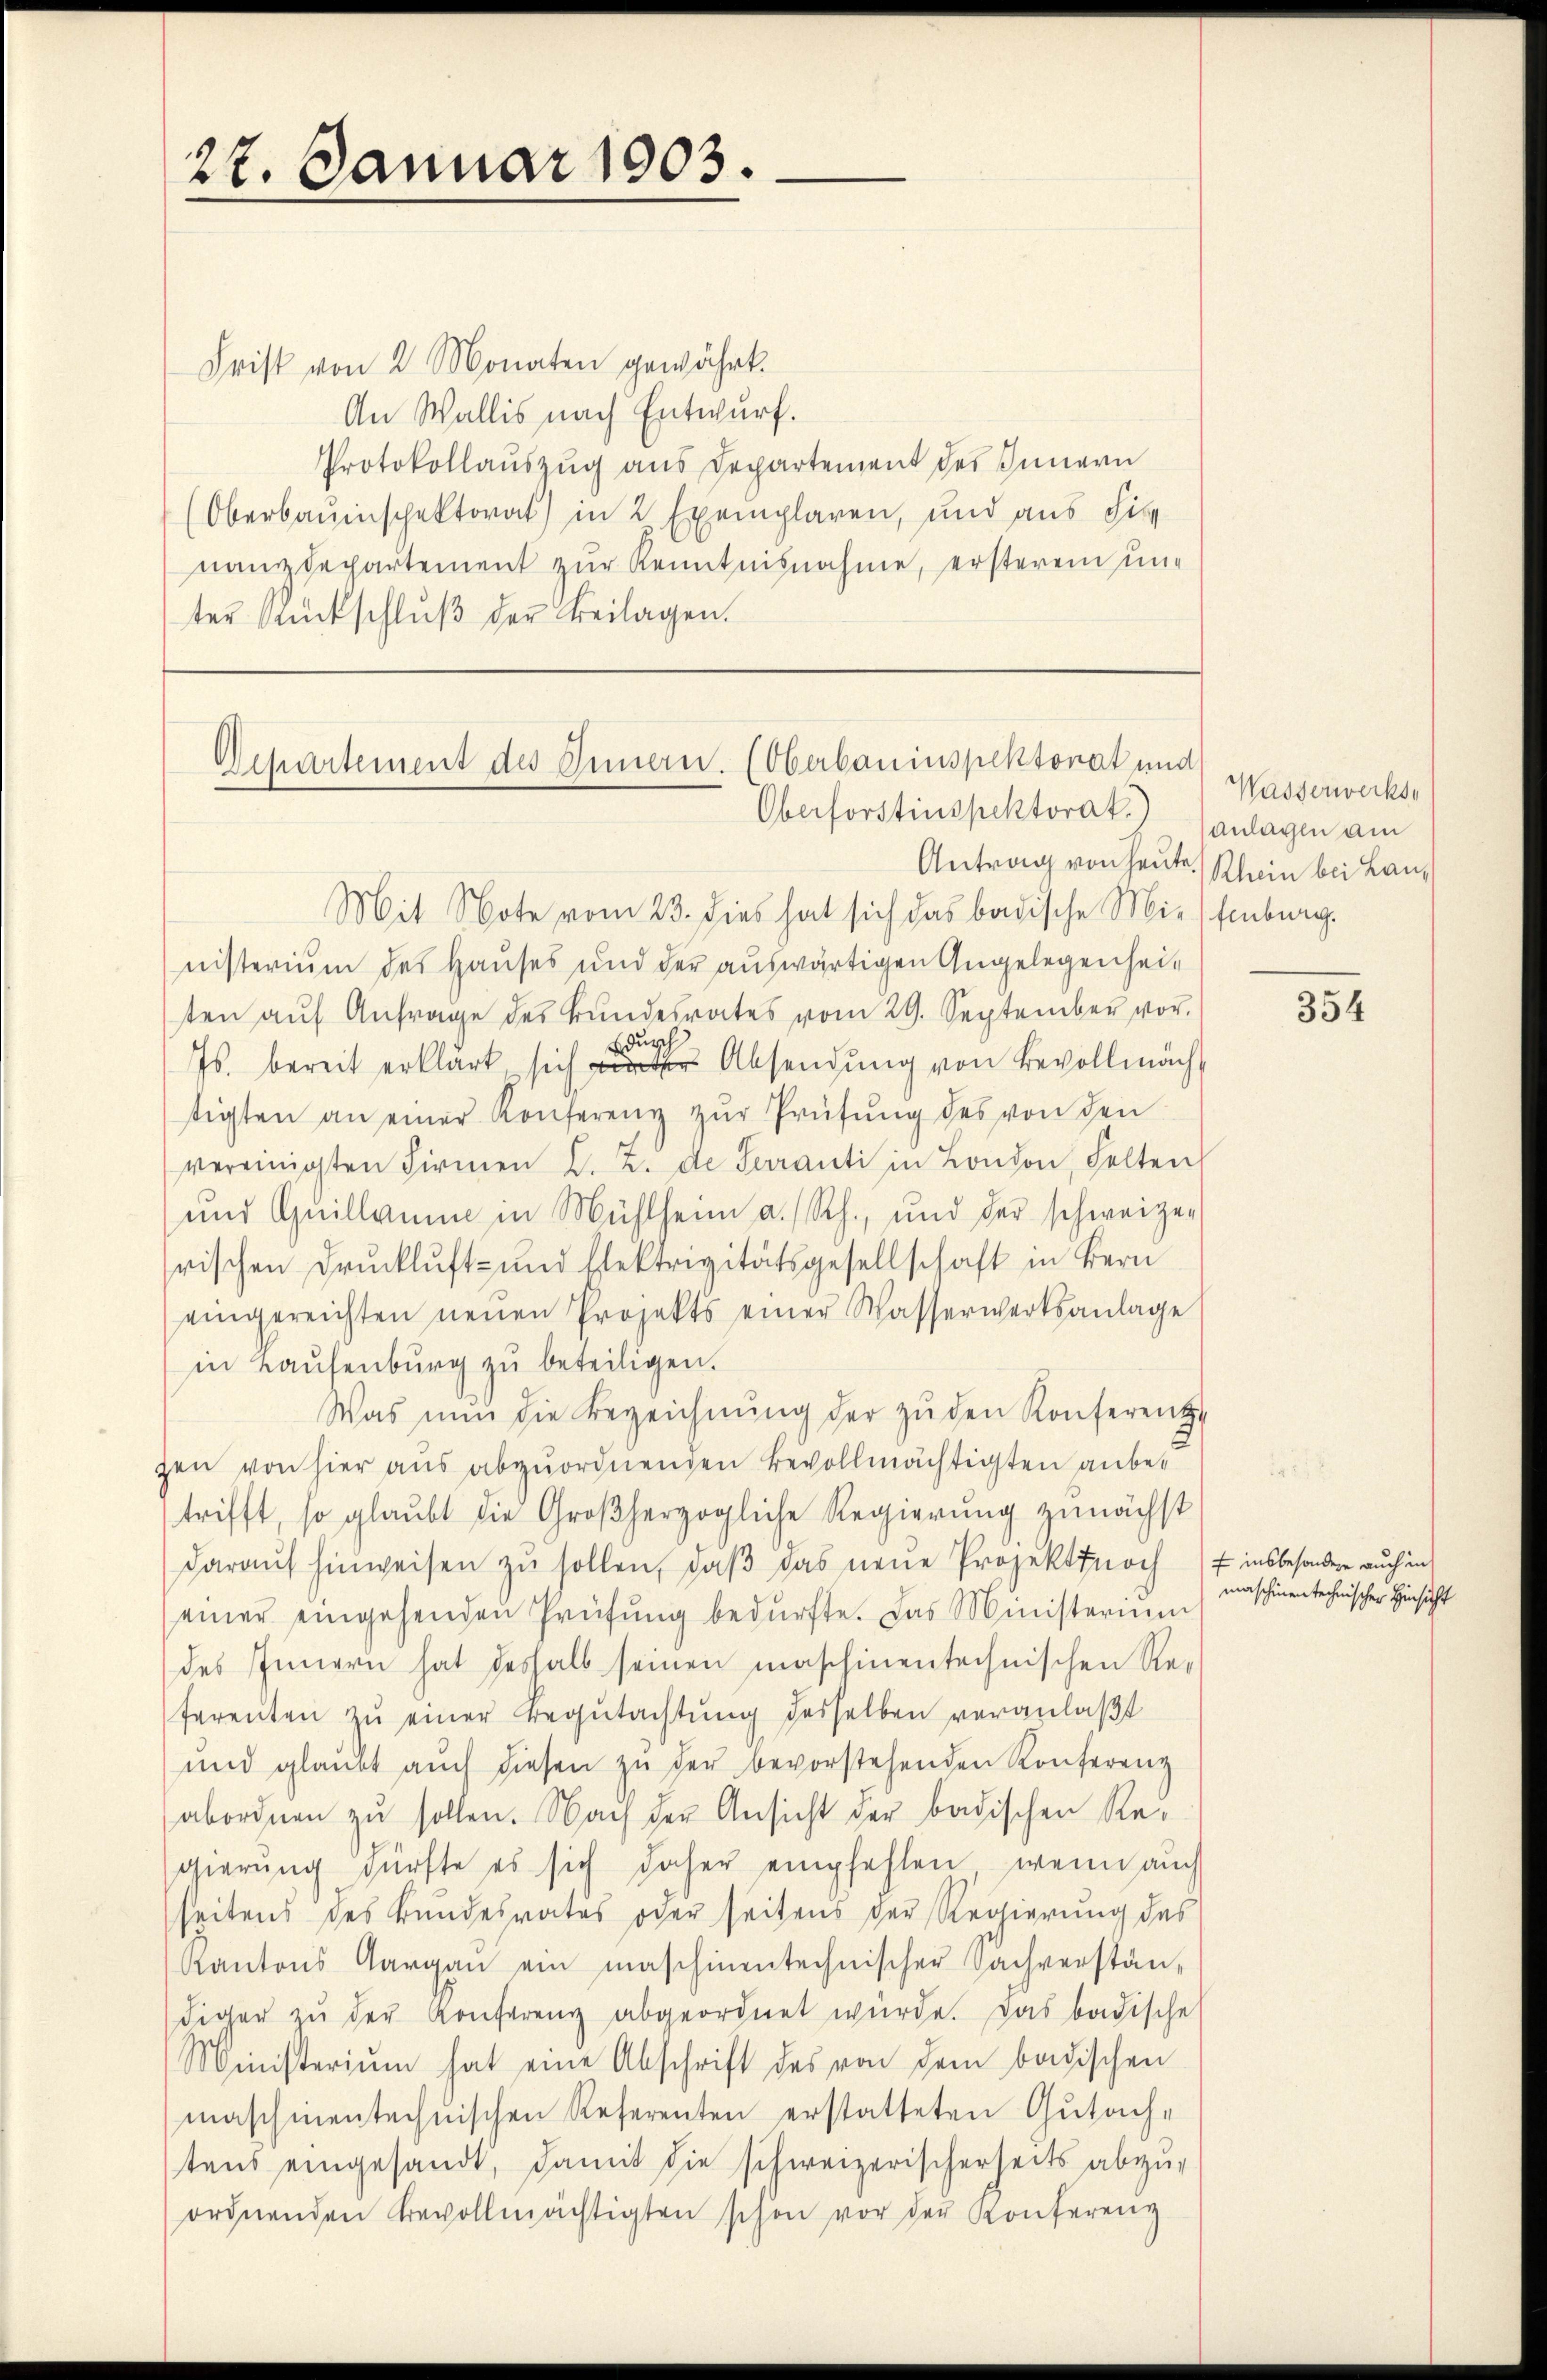
27. Januar 1903.

Frist von 2 Monaten gewährt.
An Wallis nach Entwurf.
Protokollauszug aus Departement des Innern
(Oberbauinschektorat) in 2 Exemplaren, und aus Fis
nanzdepartement zur Kenntnisnahme, ersterem unter Rückschlŭβ der Beilagen.

Departement des Innern. (Oberbauinspektorat und
Oberforstinspektorat) anlagen am

Mit Note vom 23. dies hat sich das badische Mittenburg.
nisterium des Hauses und der auswärtigen Angelegenheit
ten aŭf Anfrage des Bundesrates vom 29. September vor.
durch
Js. bereit erklärt, sich der Absendung von Bevollmäch
stigten an einer Konferenz zŭr Prüfŭng des von den
vereinigten Firmen L. Z. de Serranti in London, Felten
und Quillain in Mühlheim a. Rh., und der schweizer
rischen Druckluft- und Elektrizitätsgesellschaft in Bern
eingereichten neŭen Projekts einer Wasserwerksanlage
in Haŭsenbŭrg zŭ beteiligen.
Was nun die Bezeichnŭng der zŭ den Konferente
zen von hier aus abzuordnenden Bevollmächtigten anbetrifft, so glaubt die Großherzogliche Regierung zunächst
daraŭf hinweisen zu sollen, daβ das neue Projekt noch insbesondere auch in
einer eingehenden Prüfŭng bedürfte. Das Ministerium
des Innern hat deshalb seinen maschinentechnischen Re-
ferenten zŭ einer Begutachtung desselben veranlaßt
und glaubt aŭch diesen zŭ der bevorstehenden Konferenz
abordnen zu sollen. Nach der Ansicht der badischen Regierung dürfte es sich daher empfehlen, wenn auch
seitens des Bundesrates oder seitens der Regierung des
Kantons Aargaŭ ein maschinentechnischer Sachverstän-
diger zŭ der Konferenz abgeordnet würde. Das badische
Ministerium hat eine Abschrift des von dem badischen
maschinentechnischen Referenten erstatteten Gutach-
tens eingesandt, damit die schweizerischerseits abzu-
ordnenden Bevollmächtigten schon vor der Konferenz

Wasserwerks
Antrag von heute Rhein bei Lan¬

354

maschinen technischer Hinsicht